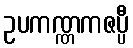
ဥပကဏ္ဏကဇပ္ပီ